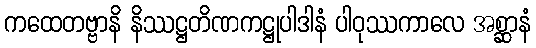
ကထေတဗ္ဗာနိ နိဿဋ္ဌတိဏကဋ္ဌုပါဒါနံ ပါဝုဿကာလေ အစ္ဆာနံ